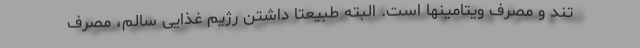
تند و مصرف ویتامینها است. البته طبیعتاً داشتن رژیم غذایی سالم، مصرف